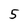
Character: 5